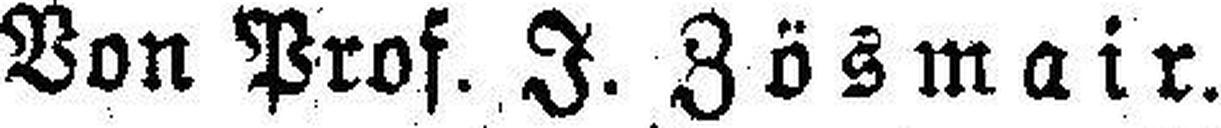
Von Prof. J. Zösmair.